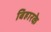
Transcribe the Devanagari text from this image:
बिहारके